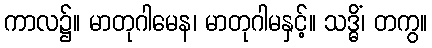
ကာလ၌။ မာတုဂါမေန၊ မာတုဂါမနှင့်။ သဒ္ဓိံ၊ တကွ။